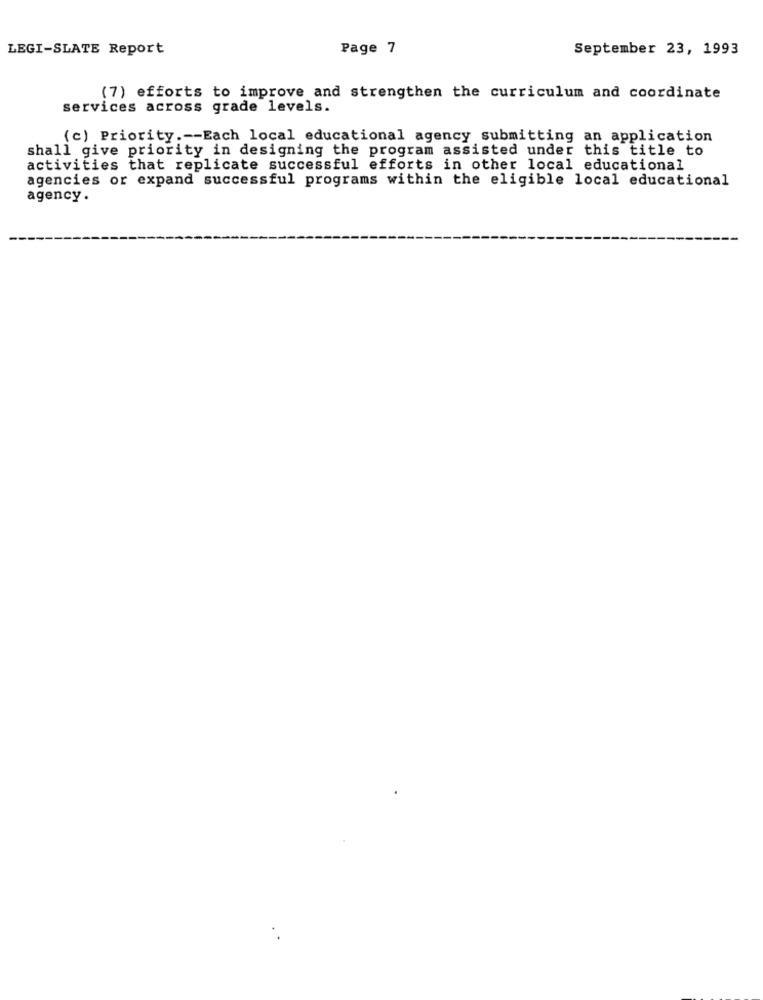
LEGI-SLATE Report
Page 7
September 23, 1993
(7) efforts to improve and strengthen the curriculum and coordinate
services across grade levels.
(c) Priority .-- Each local educational agency submitting an application
shall give priority in designing the program assisted under this title to
activities that replicate successful efforts in other local educational
agencies or expand successful programs within the eligible local educational
agency.